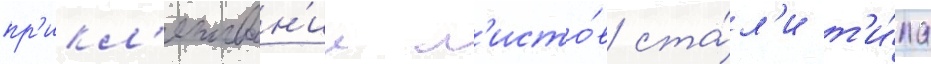
пр'икл'епыван'ии л'исто́в ста́л'и т'и́па